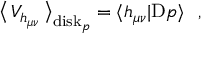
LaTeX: \big \langle \, { \cal V } _ { h _ { \mu \nu } } \, \big \rangle _ { \mathrm { d i s k } _ { p } } = \langle h _ { \mu \nu } | \mathrm { D } p \rangle ~ ~ ,